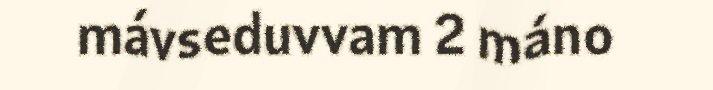
mávseduvvam 2 máno